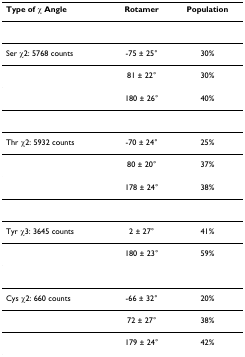
| Type of χ Angle | Rotamer | Population |
 | --- | --- | --- |
 | Ser χ2: 5768 counts | -75 ± 25° | 30% |
 |  | 81 ± 22° | 30% |
 |  | 180 ± 26° | 40% |
 | Thr χ2: 5932 counts | -70 ± 24° | 25% |
 |  | 80 ± 20° | 37% |
 |  | 178 ± 24° | 38% |
 | Tyr χ3: 3645 counts | 2 ± 27° | 41% |
 |  | 180 ± 23° | 59% |
 | Cys χ2: 660 counts | -66 ± 32° | 20% |
 |  | 72 ± 27° | 38% |
 |  | 179 ± 24° | 42% |